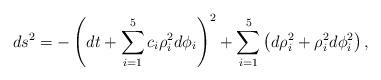
LaTeX: \begin{align*}ds^2 = - \left( dt + \sum_{i=1}^5 c_i \rho_i^2 d\phi_i \right)^2+ \sum_{i=1}^5 \left( d\rho_i^2 + \rho_i^2 d\phi_i^2 \right),\end{align*}